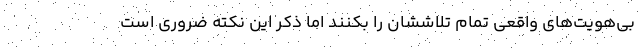
بی‌هویت‌های واقعی تمام تلاششان را بکنند اما ذکر این نکته ضروری است